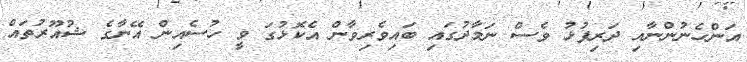
އަންހެނުންނާއި ދަރިފުޅު ވެސް ނަމާދުގައި ބައިވެރިވާން އެކޮޅުގަ ވީ ހުސެއިން އޭނާގެ ޝުއޫރުތައް